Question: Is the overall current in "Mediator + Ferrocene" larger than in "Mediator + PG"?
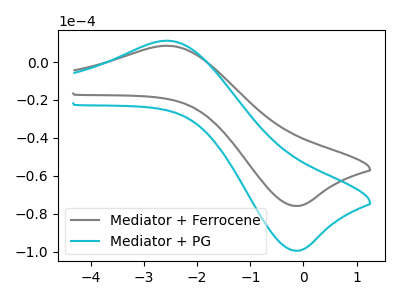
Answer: <think>The gray curve "Mediator + Ferrocene" has an anodic peak at (-2.55V, 8.55uA) and a cathodic peak at (-0.15V, -75.90uA). The cyan curve "Mediator + PG" has an anodic peak at (-2.55V, 11.25uA) and a cathodic peak at (-0.15V, -99.50uA).
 All the peaks in "Mediator + Ferrocene" have a peak in "Mediator + PG" at the same potential. Every peak in "Mediator + Ferrocene" is lower than every peak in "Mediator + PG".</think>
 <answer>"Mediator + Ferrocene" has less signal than "Mediator + PG".</answer>
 <eval>less_signal</eval>